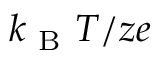
k _ { \mathrm { ~ B ~ } } T / z e